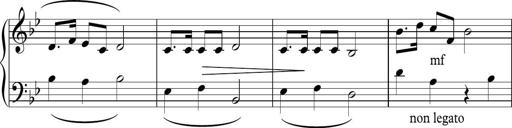
Title: Sonatina n.2
Composer: Tatiana Stankovych
Key: B-flat major